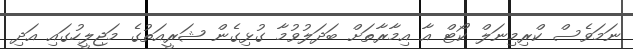
ނަމަވެސް ކްރިމިނަލް ކޯޓް އާ އިމާރާތަށް ބަދަލުވުމާ ގުޅިގެން ޝަރީއަތުގެ މަޖިލީހުގައި އަދި